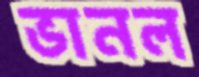
ভানল